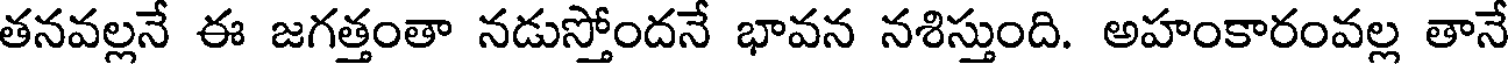
తనవల్లనే ఈ జగత్తంతా నడుస్తోందనే భావన నశిస్తుంది. అహంకారంవల్ల తానే